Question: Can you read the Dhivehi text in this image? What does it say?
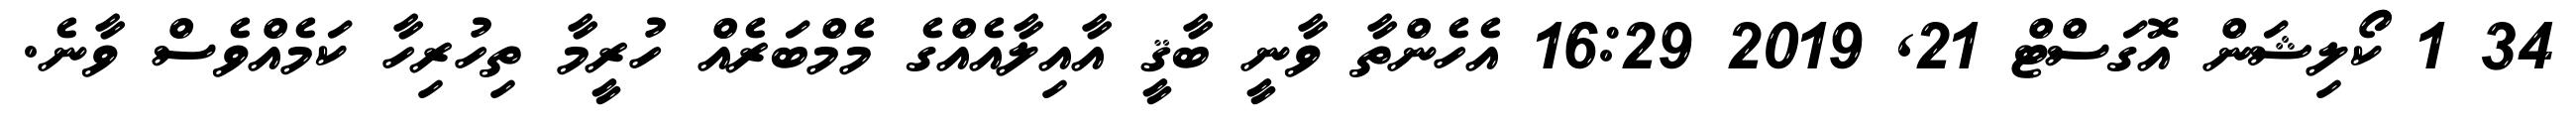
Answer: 34 1 ކޯލިޝަން އޮގަސްޓް 21, 2019 16:29 އެހެންތާ ވާނީ ބާޤީ އާއިލާއެއްގެ މެމްބަރެއް ހުރީމާ ތިހުރިހާ ކަމެއްވެސް ވާނެ.